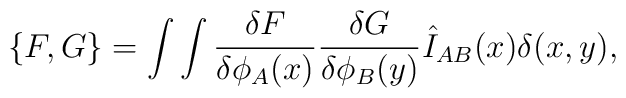
\{ F,G\} =\int\int {{\delta F} \over {\delta \phi_A(x)}} {{\delta G} \over {\delta \phi_B(y)}}\hat I_{AB}(x)\delta(x,y),